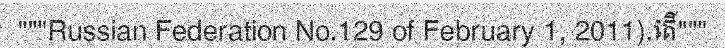
"""Russian Federation No.129 of February 1, 2011).តើ"""